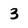
Character: 3